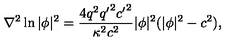
\nabla ^ { 2 } \ln | \phi | ^ { 2 } = \frac { 4 q ^ { 2 } { q ^ { \prime } } ^ { 2 } { c ^ { \prime } } ^ { 2 } } { \kappa ^ { 2 } c ^ { 2 } } | \phi | ^ { 2 } ( | \phi | ^ { 2 } - c ^ { 2 } ) ,